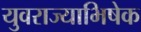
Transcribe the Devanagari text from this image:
युवराज्याभिषेक